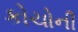
કોચોની